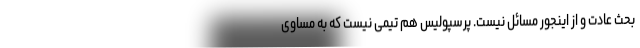
بحث عادت و از اینجور مسائل نیست. پرسپولیس هم تیمی نیست که به مساوی